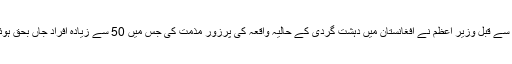
اس سے قبل وزیر اعظم نے افغانستان میں دہشت گردی کے حالیہ واقعہ کی پرزور مذمت کی جس میں 50 سے زیادہ افراد جاں بحق ہوئے۔